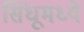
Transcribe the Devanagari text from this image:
सिंधूमध्ये